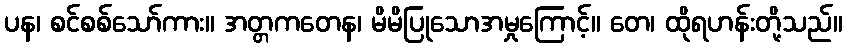
ပန၊ စင်စစ်သော်ကား။ အတ္တကတေန၊ မိမိပြုသောအမှုကြောင့်။ တေ၊ ထိုရဟန်းတို့သည်။